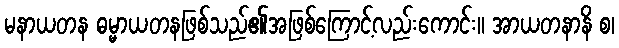
မနာယတန ဓမ္မာယတနဖြစ်သည်၏အဖြစ်ကြောင့်လည်းကောင်း။ အာယတနာနိ စ၊